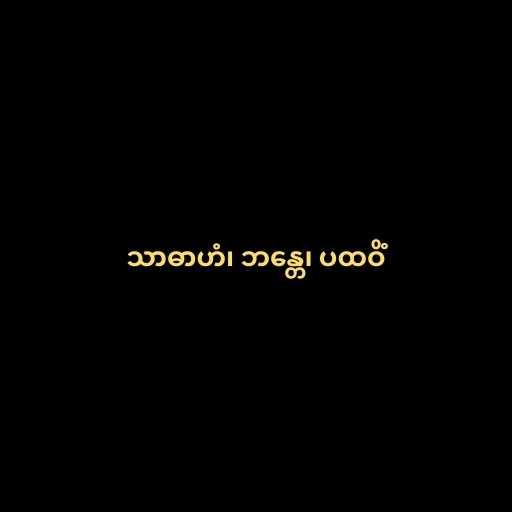
သာဓာဟံ၊ ဘန္တေ၊ ပထဝိံ